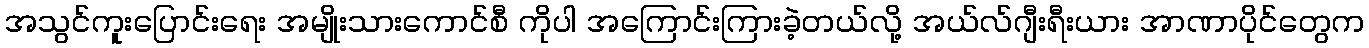
အသွင်ကူးပြောင်းရေး အမျိုးသားကောင်စီ ကိုပါ အကြောင်းကြားခဲ့တယ်လို့ အယ်လ်ဂျီးရီးယား အာဏာပိုင်တွေက